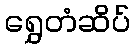
ရွှေတံဆိပ်